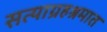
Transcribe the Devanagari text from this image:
सत्याग्रहश्रमात